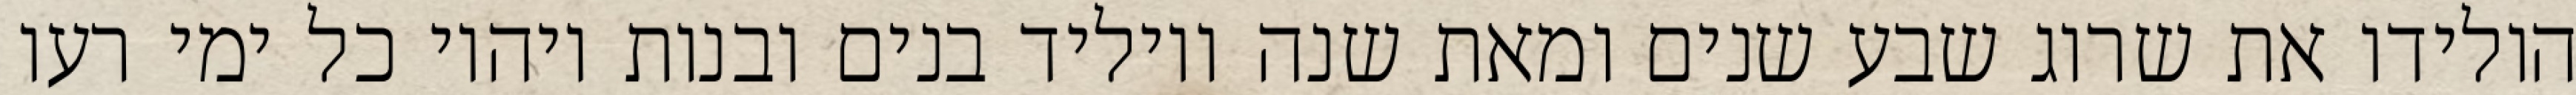
הולידו את שרוג שבע שנים ומאת שנה ויוליד בנים ובנות ויהיו כל ימי רעו